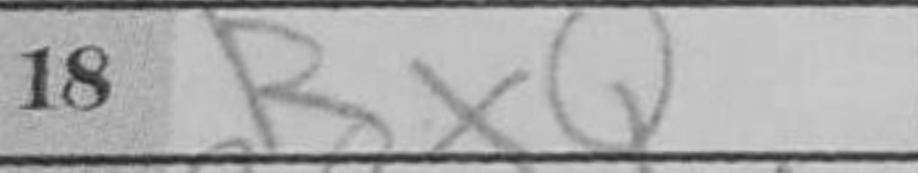
Transcription: RxQ